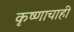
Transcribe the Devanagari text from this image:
कृष्णाचाही